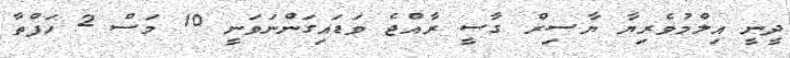
ދީނީ އިލްމުވެރިޔާ ޔާސިރް ގާޟީ ރާއްޖެ ވަޑައިގަންނަވަނީ 10 މަސް 2 ހަފްތާ